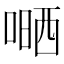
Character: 嗮